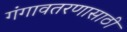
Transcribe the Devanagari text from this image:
गंगावतरणासाठी